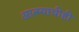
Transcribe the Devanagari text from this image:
आत्म्याचीही